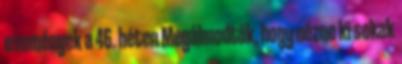
események a 46. héten Megálmodták, hogy nézne ki sokak